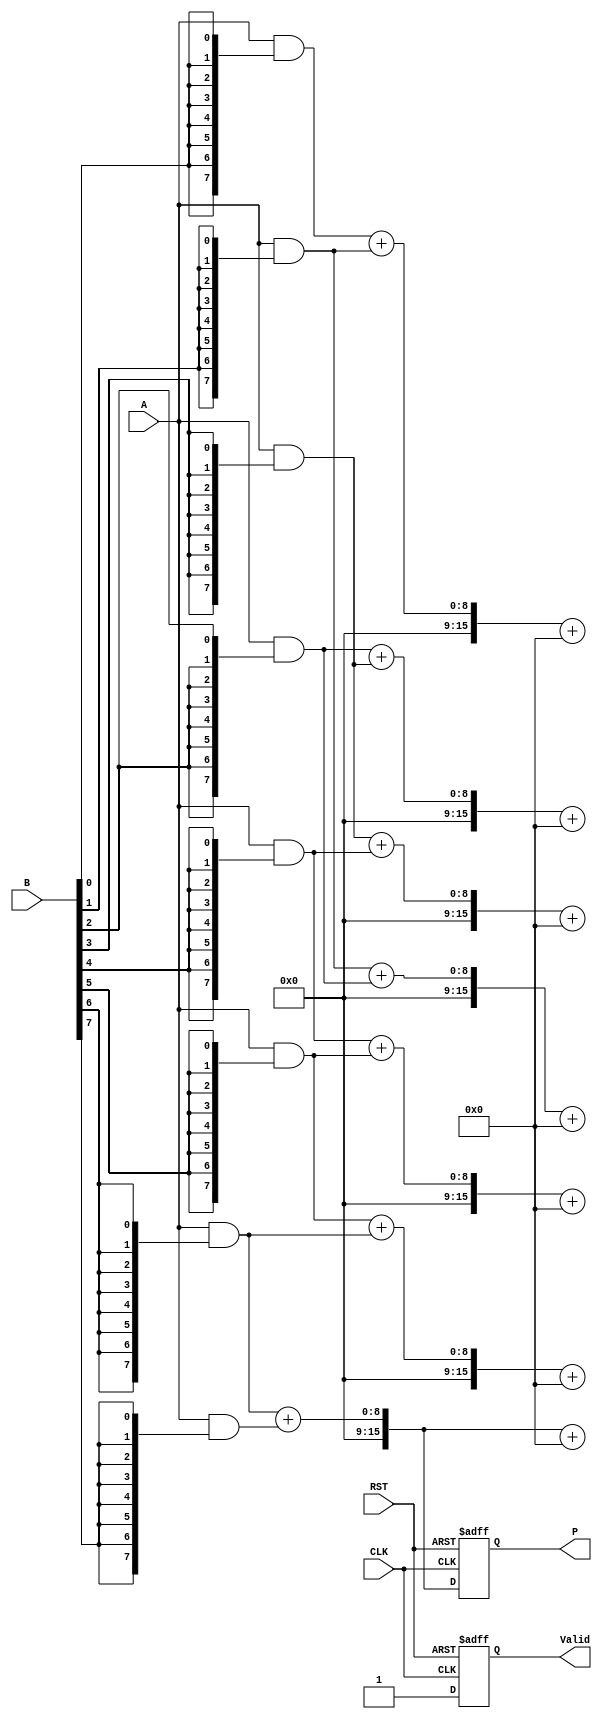
module fixed_point_wallace_tree_multiplier #(
    parameter N = 8,  // Bit width of multiplicand A
    parameter M = 8   // Bit width of multiplier B
) (
    input wire [N-1:0] A,     // Multiplicand
    input wire [M-1:0] B,     // Multiplier
    input wire CLK,           // Clock signal
    input wire RST,           // Reset signal
    output reg [N+M-1:0] P,   // Product
    output reg Valid          // Valid signal
);

    // Internal signals
    wire [N-1:0] pp [0:M-1];  // Partial products
    wire [N+M-1:0] sum [0:M-2]; // Intermediate sums
    wire [N+M-1:0] carry [0:M-2]; // Carry from adders
    reg [N+M-1:0] temp; // Temporary product storage
    integer i, j;

    // Partial Product Generation
    generate
        genvar k;
        for (k = 0; k < M; k = k + 1) begin : gen_partial_products
            assign pp[k] = A & {N{B[k]}}; // ANDing each bit of B with A
        end
    endgenerate

    // Wallace Tree Reduction: Level 1
    always @(*) begin
        for (i = 0; i < M-1; i = i + 1) begin
            // Use half-adders for pairs of bits
            {carry[i], sum[i]} = pp[i] + pp[i+1]; // Simple addition as placeholder for HA/FA
        end
    end

    // Further reduction levels
    // Iteratively combine sums and carries
    always @(*) begin
        for (j = 0; j < M-2; j = j + 1) begin
            {carry[j], temp} = sum[j] + carry[j]; // Combine sums and carries
            sum[j + 1] = temp; // Store result for next level
        end
    end

    // Final Level: Carry Propagate Adder
    always @(*) begin
        temp = sum[M-2] + carry[M-2]; // Final addition
    end

    // Output Logic
    always @(posedge CLK or posedge RST) begin
        if (RST) begin
            P <= 0;
            Valid <= 0;
        end else begin
            P <= temp; // Register the product
            Valid <= 1; // Indicate valid output
        end
    end

endmodule